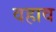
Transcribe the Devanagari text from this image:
वहाव